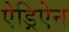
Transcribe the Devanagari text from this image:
ऐड्रिऐन